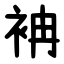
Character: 袡